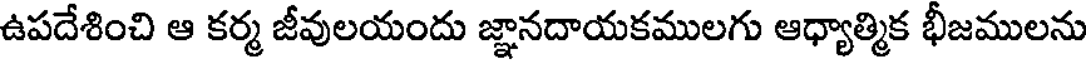
ఉపదేశించి ఆ కర్మ జీవులయందు జ్ఞానదాయకములగు ఆధ్యాత్మిక భీజములను